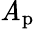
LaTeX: \mathit{A}_{\mathrm{{{p}}}}